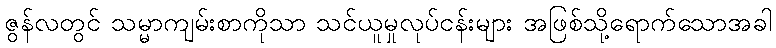
ဇွန်လတွင် သမ္မာကျမ်းစာကိုသာ သင်ယူမှုလုပ်ငန်းများ အဖြစ်သို့ရောက်သောအခါ